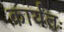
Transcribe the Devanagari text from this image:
कार्यतः